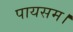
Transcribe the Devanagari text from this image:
पायसम।